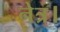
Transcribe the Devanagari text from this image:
नेत्र।